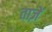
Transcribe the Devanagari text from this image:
ताज़ें